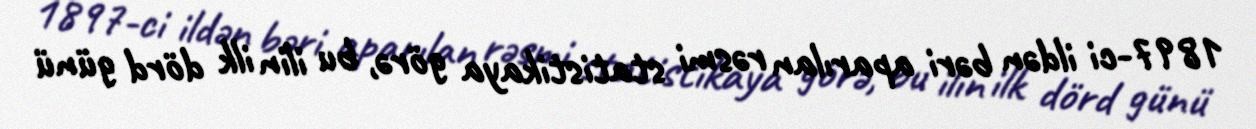
1897-ci ildən bəri aparılan rəsmi statistikaya görə, bu ilin ilk dörd günü